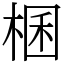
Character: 棞